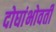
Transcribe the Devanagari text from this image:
दोघांभोवती